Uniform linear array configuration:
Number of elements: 32
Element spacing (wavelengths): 0.25
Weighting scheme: blackman
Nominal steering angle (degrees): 15
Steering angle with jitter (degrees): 15.547
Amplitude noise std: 0.05
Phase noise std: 0.05

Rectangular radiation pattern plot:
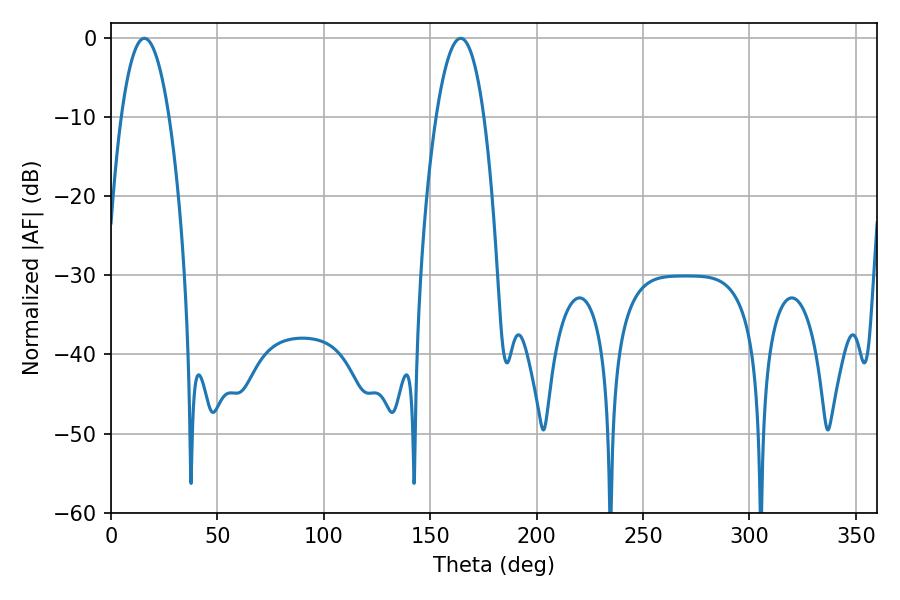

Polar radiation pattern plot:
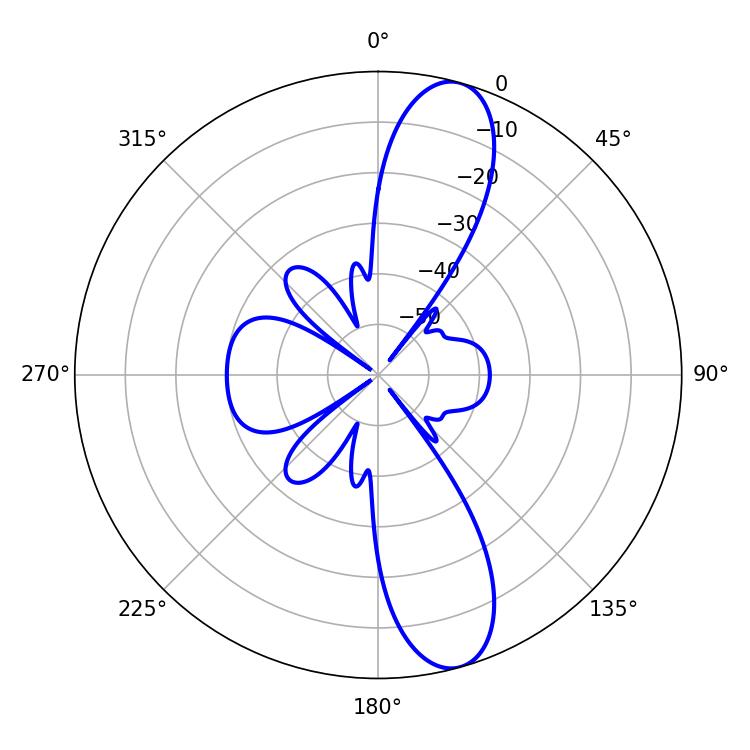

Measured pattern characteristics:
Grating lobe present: FALSE
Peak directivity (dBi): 12.019
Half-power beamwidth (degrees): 12.42
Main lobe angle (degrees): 15.66